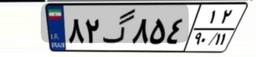
۸۲گ۸۵۴۱۲